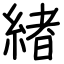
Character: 緖